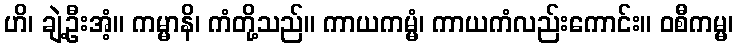
ဟိ၊ ချဲ့ဦးအံ့။ ကမ္မာနိ၊ ကံတို့သည်။ ကာယကမ္မံ၊ ကာယကံလည်းကောင်း။ ဝစီကမ္မ၊